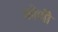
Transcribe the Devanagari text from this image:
कोणोँ